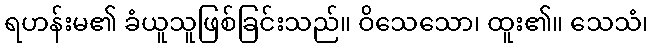
ရဟန်းမ၏ ခံယူသူဖြစ်ခြင်းသည်။ ဝိသေသော၊ ထူး၏။ သေသံ၊